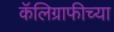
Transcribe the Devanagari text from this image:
कॅलिग्राफीच्या